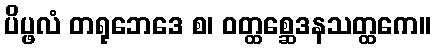
ပိပ္ဖလံ တရုဘေဒေ စ၊ ဝတ္ထစ္ဆေဒနသတ္ထကေ။